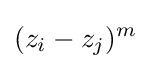
(z_{i}-z_{j})^{m}